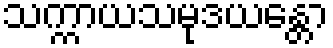
သက္ကာယသမုဒယန္တော